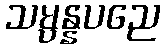
သမ္ပန္နပညေ